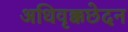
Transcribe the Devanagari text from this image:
अधिवृक्कछेदन